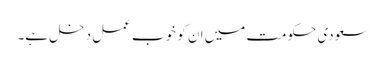
سعودی حکومت میں ان کو خوب عمل دخل ہے۔